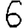
Digit: 6